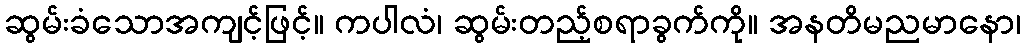
ဆွမ်းခံသောအကျင့်ဖြင့်။ ကပါလံ၊ ဆွမ်းတည့်စရာခွက်ကို။ အနတိမညမာနော၊